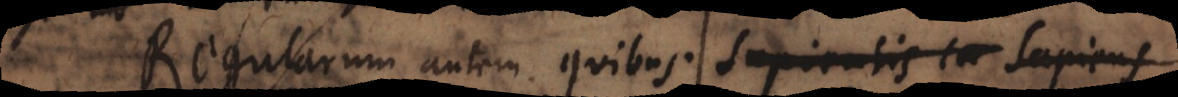
Regularum autem quibus caritas sapie